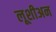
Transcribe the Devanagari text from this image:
लूशीअन